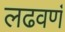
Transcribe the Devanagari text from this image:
लढवणं